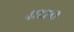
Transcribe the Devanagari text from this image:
४९७०